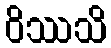
ဝိဿသိ